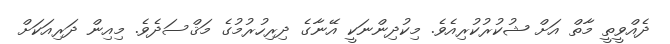
ދެއްވީތީ މާތް އަށް ޝުކުރުކުރިއެވެ. މިކުދިންނަކީ އޭނާގެ ދިރިހުރުމުގެ މަޤްސަދެވެ. މިއިން ދަރިއަކަށް